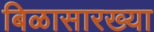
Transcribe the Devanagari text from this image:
बिळासारख्या